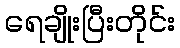
ရေချိုးပြီးတိုင်း